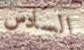
السادس